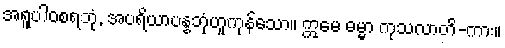
အရူပါဝစရဘုံ, အပရိယာပန္နဘုံဟူကုန်သော။ ဣမေ ဓမ္မာ ကုသလာတိ-ကား။